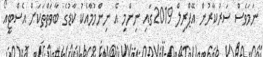
ނަމަވެސް ސަރުކާރުން އޭޕްރިލް 2019ގައި ނިންމި އެ ނިންމުމާއެކު ކާޑުގެ ބާވަތްތަކަށް އެސްޓީއޯ